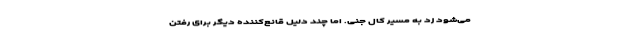
می‌شود زد به مسیر کال جنی. اما چند دلیل قانع‌کننده دیگر برای رفتن